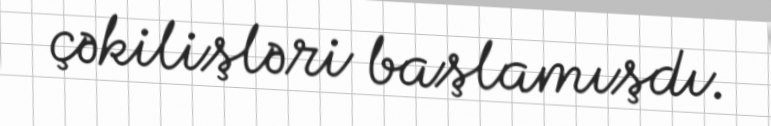
çəkilişləri başlamışdı.